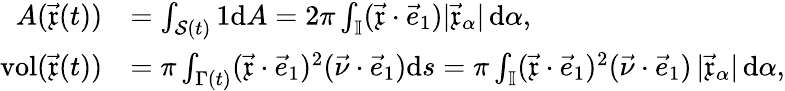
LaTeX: \begin{array}{rl}{A(\vec{\mathfrak{x}}(t))}&{=\int_{\mathcal{S}(t)}1\mathrm{d}A=2\pi\int_{\mathbb{I}}(\vec{\mathfrak{x}}\cdot\vec{e}_{1})|\vec{\mathfrak{x}}_{\alpha}|\, \mathrm{d}\alpha,}\\ {\operatorname{vol}(\vec{\mathfrak{x}}(t))}&{=\pi\int_{\Gamma(t)}(\vec{\mathfrak{x}}\cdot\vec{e}_{1})^{2}(\vec{\nu}\cdot\vec{e}_{1})\mathrm{d}s=\pi\int_{\mathbb{I}}(\vec{\mathfrak{x}}\cdot\vec{e}_{1})^{2}(\vec{\nu}\cdot\vec{e}_{1})\, |\vec{\mathfrak{x}}_{\alpha}|\, \mathrm{d}\alpha,}\end{array}